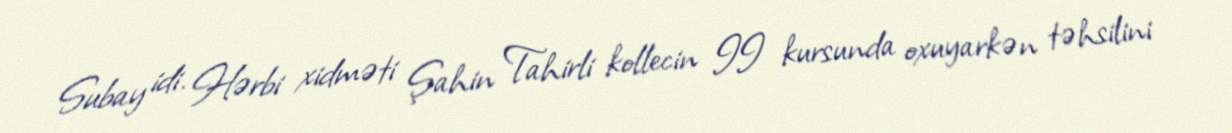
Subay idi. Hərbi xidməti Şahin Tahirli kollecin II kursunda oxuyarkən təhsilini